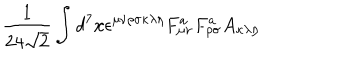
LaTeX: \frac { 1 } { 2 4 \sqrt { 2 } } \int d ^ { 7 } x \epsilon ^ { \mu \nu \rho \sigma \kappa \lambda \eta } F _ { \mu \nu } ^ { a } F _ { \rho \sigma } ^ { a } A _ { \kappa \lambda \eta }